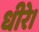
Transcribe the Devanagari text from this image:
धीरे।